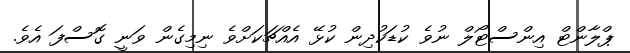
ޕްލާންޓް އިންސްޓޯލް ނުވެ ކުޑަކުދިން ކުޅޭ އެއްޗަކަށްވެ ނިމިގެން ވަނީ ގޮސްފަ އެވެ.